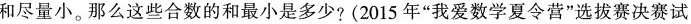
和尽量小。那么这些合数的和最小是多少?(2015年”我爱数学夏令营”选拔赛决赛试